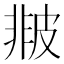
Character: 𤿻